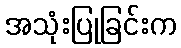
အသုံးပြုခြင်းက